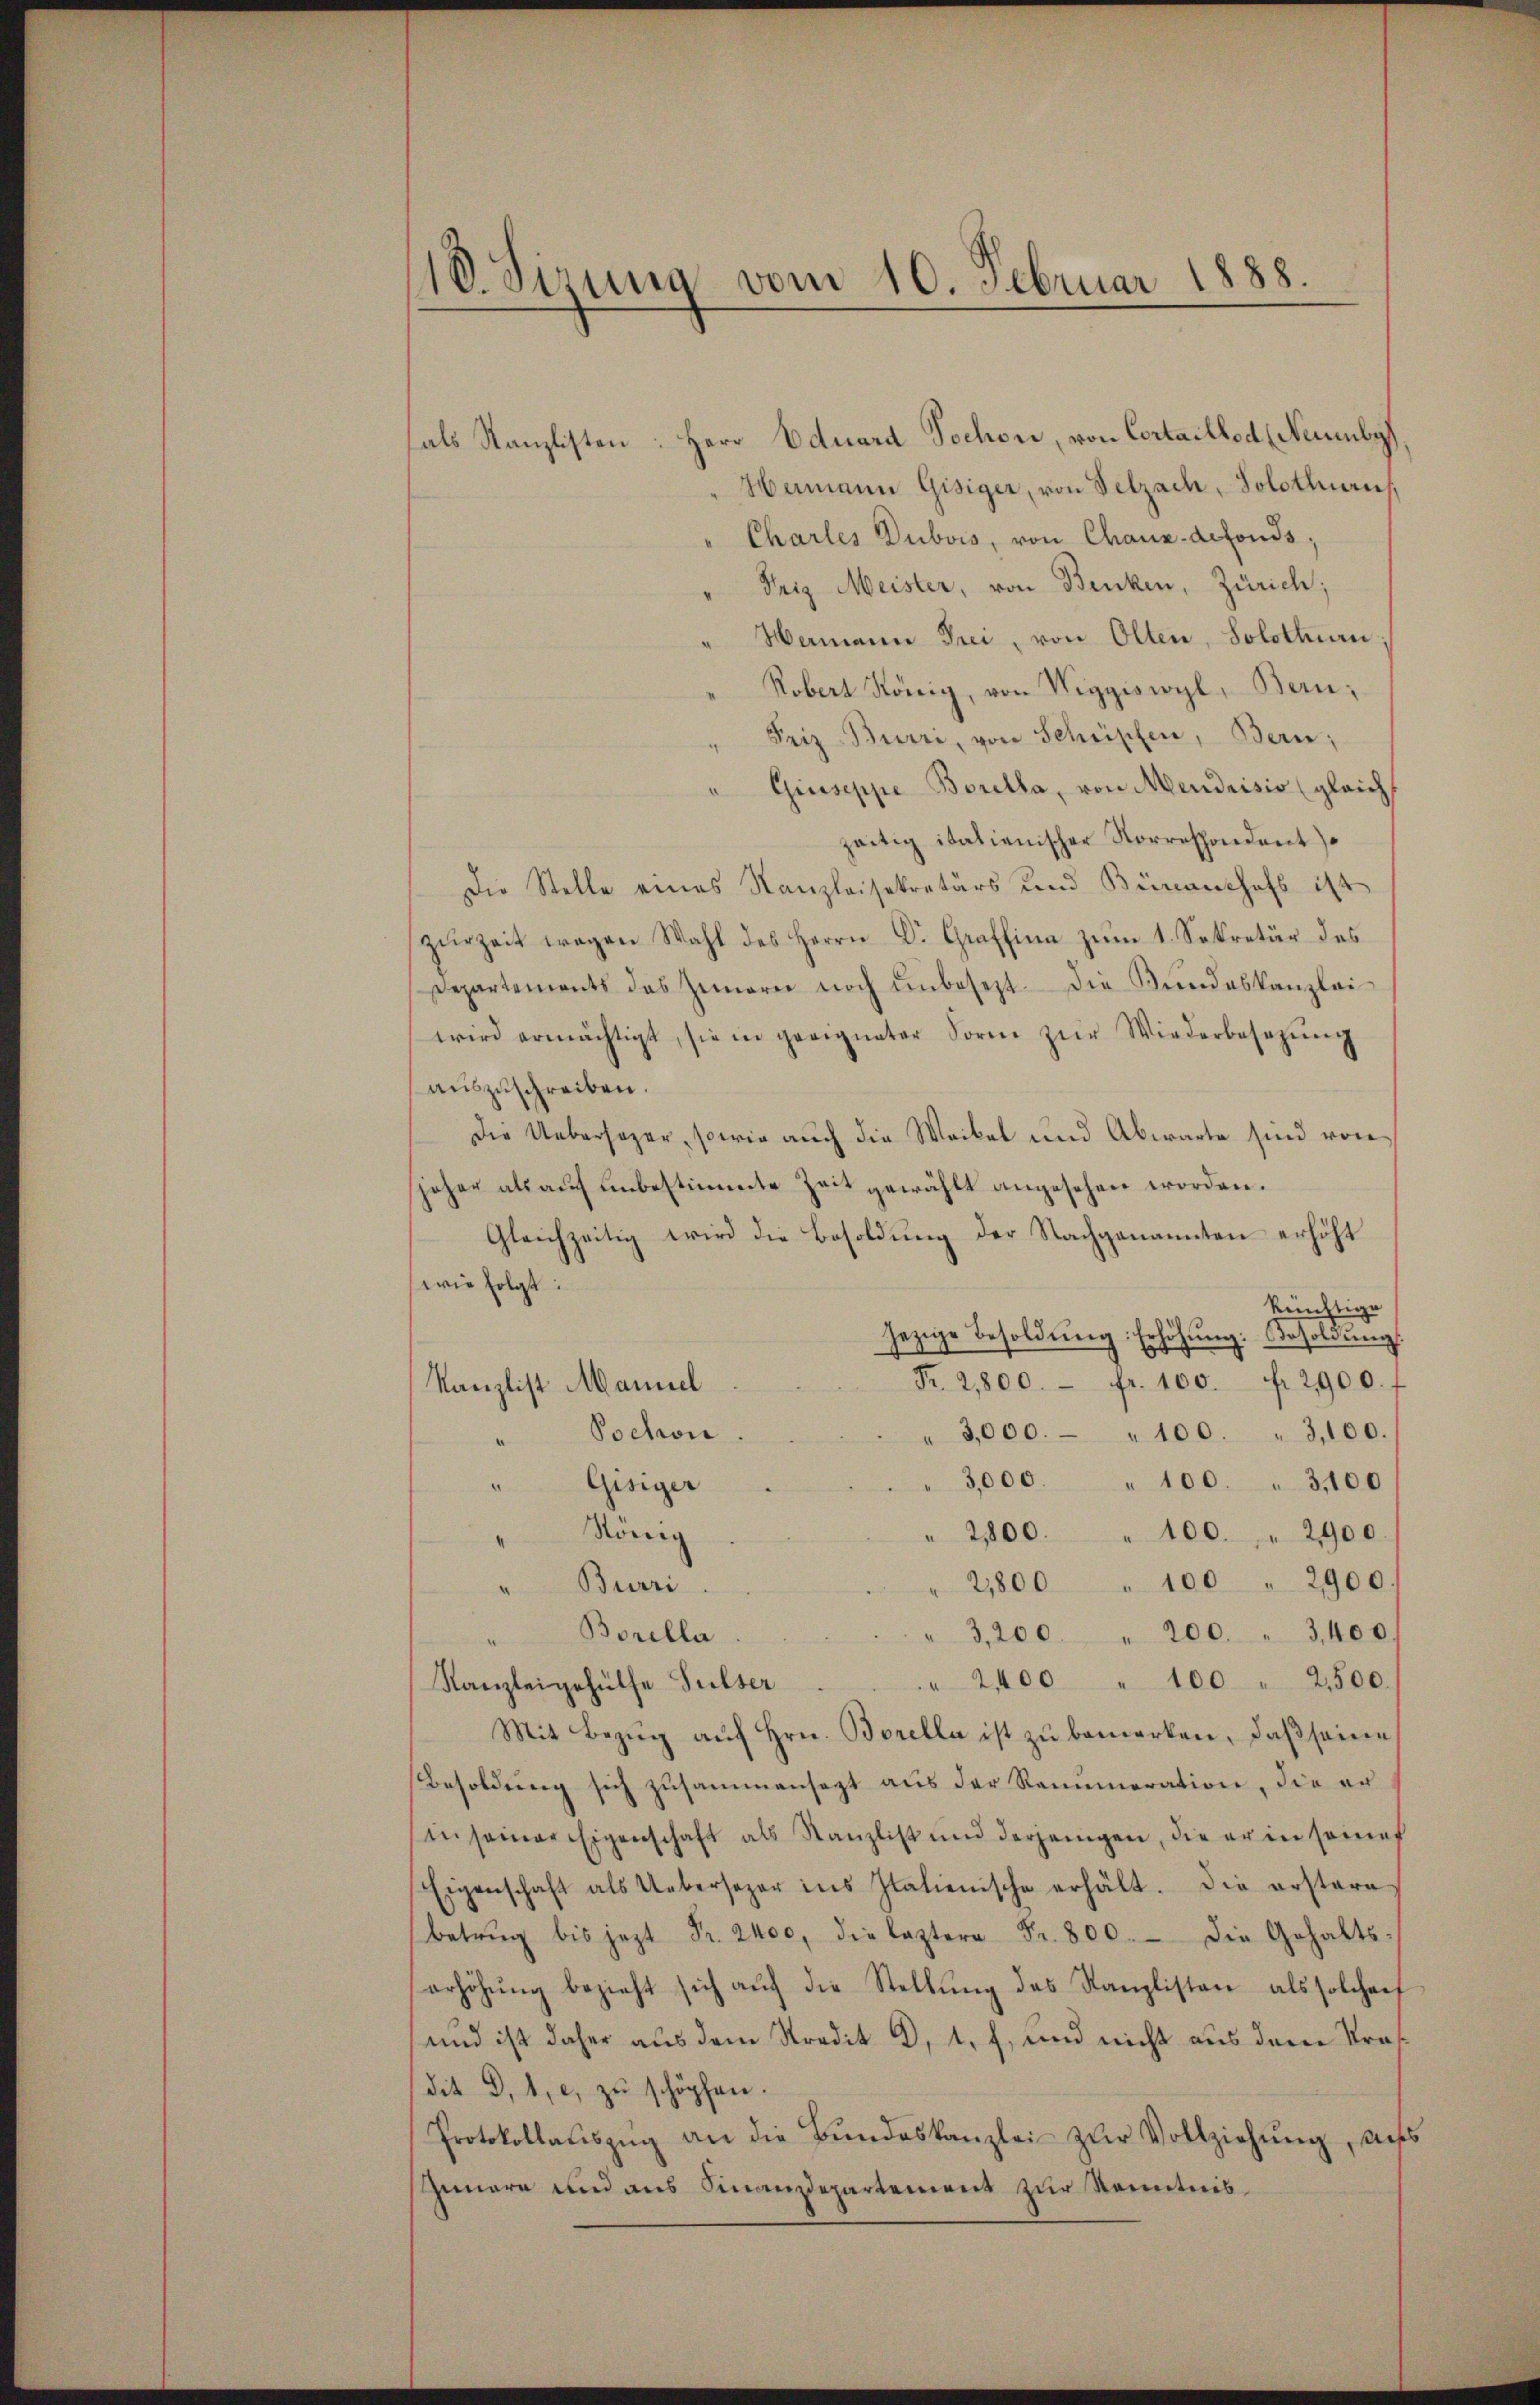
18. Sirung vom 10. Februar 1888.

hals Kanzlisten: Herr Eduard Tochor, von Cortaillod (Neumby,
Hermann Gisiger, von Velzach, Solothurn
Charles Dubois, von Chaux-defonds,
Trig Meister, von Benken, Zürich;
Mamann Drei, von Olten, Solothurn
Robert König, von Viggiswyl, Bern,
Friz Burri, von Schüpfen, Bern;
Giuseppe Borella, von Mendrisis (gleich
zeitig italienischer Korrespondent
Die Stelle eines Kanzleisekretärs und Bünanthofs ist
zŭrzeit wegen Wahl des Herrn Dr. Graffina zŭm 1. Sekretär des
Departements das Zimerer noch ŭnbesezt. Die Bŭndeskanzlei
wird ermächtigt, sie in geeigneter Form zŭr Wiederbesetzŭng
auszuschreiben.
Die Uebersager, sowie auch die Weibel und Abwarte sind von
joher als auf unbestimmte Zeit gewählt angesehen worden.
Gleichzeitig wird die Besoldung der Nachgenannten erhöht
wie folgt:
künftige
jezige Besoldung. Erhöhung. Besoldung.
Fr. 2800. fr. 100. fr. 2900. f
Kanzlist Mannel
Pochon
3,000.- " 100. " 3,100.
3,000. " 100. . 31100
" Gisiger
König
2800. " 100. " " 2900.
2,800 " 100 " 2900
"Burri
Borella
" 3,200 " 200. " 3400.
" 2400 " 100 " 2500.
Kanzleigehülfe Sulser
Mit Bezŭg aŭf Hrn. Borella ist zŭ bemerken, daβ seine
Besoldung sich zusammensezt aus der Renumeration, die er
in seiner Eigenschaft als Kanzlist und derjenigen, die er in seiner
Eigenschaft als Uebersezer ins Italienische erhält. Die erstare
Betrug bis jezt Fr. 2400, die leztere Fr. 800. die Gehaltserhöhŭng bezieht sich auf die Stellung des Kanzlisten als solcherf
und ist daher aus dem Stradit 2, 1. f. und nicht aus dem Stradit §. 1. c. zŭ schöpfen.
Protokollaŭszŭg an die Bŭndeskanzlei zŭr Vollziehŭng, diess
Iunare und aus Finanzdepartement zur Kenntnis¬